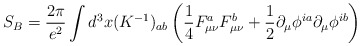
\begin{align*}S_B = \frac{2\pi}{e^2}\int d^{3}x (K^{-1})_{ab}\left(\frac{1}{4}F^a_{\mu\nu} F^b_{\mu\nu} + \frac{1}{2}\partial_\mu \phi^{ia}\partial_\mu \phi^{ib} \right)\end{align*}